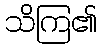
သိကြ၏